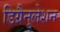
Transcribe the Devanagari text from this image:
डिग्रैनुलेशन